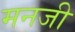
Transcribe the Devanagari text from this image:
मनजी